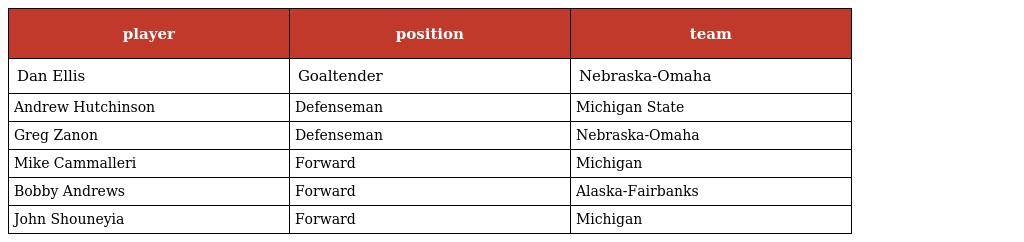
| player | position | team |
 | --- | --- | --- |
 | Dan Ellis | Goaltender | Nebraska-Omaha |
 | Andrew Hutchinson | Defenseman | Michigan State |
 | Greg Zanon | Defenseman | Nebraska-Omaha |
 | Mike Cammalleri | Forward | Michigan |
 | Bobby Andrews | Forward | Alaska-Fairbanks |
 | John Shouneyia | Forward | Michigan |